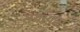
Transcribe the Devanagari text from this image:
समायता